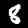
Digit: 8